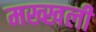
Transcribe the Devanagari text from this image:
मख्खली